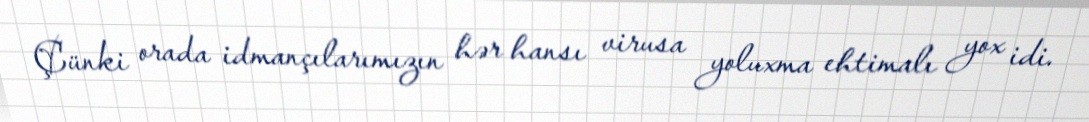
Çünki orada idmançılarımızın hər hansı virusa yoluxma ehtimalı yox idi.